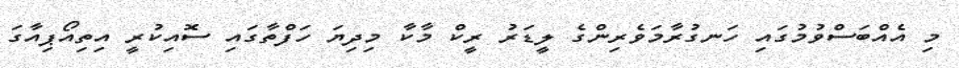
މި އެއްބަސްވުމުގައި ހަނގުރާމަވެރިންގެ ލީޑަރު ރީކް މާކާ މިދިޔަ ހަފްތާގައި ސޮއިކުރީ އިތިއޯޕިއާގަ